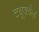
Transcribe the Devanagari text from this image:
टयूबवैल